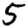
Digit: 5